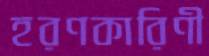
হরণকারিণী